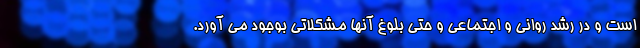
است و در رشد روانی و اجتماعی و حتی بلوغ آنها مشکلاتی بوجود می آورد.